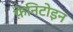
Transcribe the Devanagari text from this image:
फ़ेनिटोइन